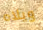
ويلاه